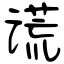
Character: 谎